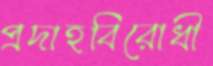
প্রদাহবিরোধী